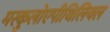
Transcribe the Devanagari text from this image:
मस्कुलोएपीथिलियल